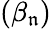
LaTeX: (\beta_{\mathfrak{n}})